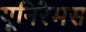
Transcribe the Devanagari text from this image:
यूनिरैमस